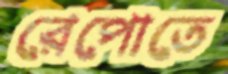
রেপোতে